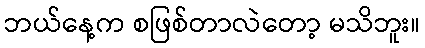
ဘယ်နေ့က စဖြစ်တာလဲတော့ မသိဘူး။